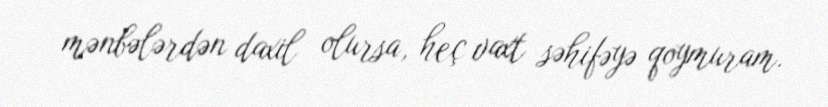
mənbələrdən daxil olursa, heç vaxt səhifəyə qoymuram.